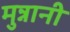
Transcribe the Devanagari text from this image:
मुन्नानी